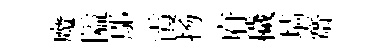
魔隘鄔霞扬府穢墙齋